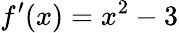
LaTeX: f^{\prime}(x)=x^{2}-3